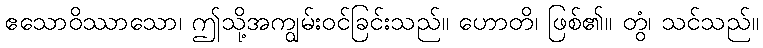
ဧသောဝိဿာသော၊ ဤသို့အကျွမ်းဝင်ခြင်းသည်။ ဟောတိ၊ ဖြစ်၏။ တွံ၊ သင်သည်။